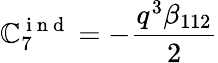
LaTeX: \mathbb{C}_{7}^{\mathrm{{~i~n~d~}}}=-\frac{{q^{3}\beta_{112}}}{{2}}